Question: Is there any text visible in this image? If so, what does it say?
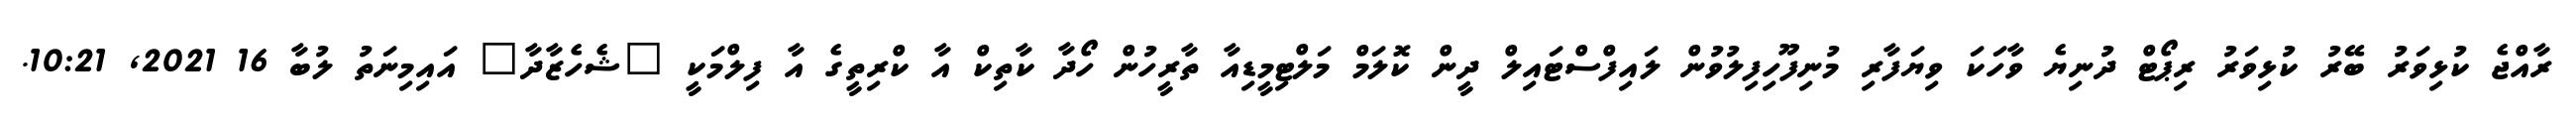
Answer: ރާއްޖެ ކުޅިވަރު ބޭރު ކުޅިވަރު ރިޕޯޓް ދުނިޔެ ވާހަކަ ވިޔަފާރި މުނިފޫހިފިލުވުން ލައިފްސްޓައިލް ދީން ކޮލަމް މަލްޓިމީޑިއާ ތާރީހުން ހޯދާ ކާތިކް އާ ކްރިތީގެ އާ ފިލްމަކީ "ޝެހެޒާދާ" އައިމިނަތު ލުބާ 16 2021, 10:21.